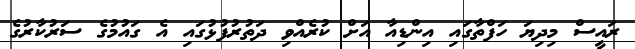
ރައީސް މިދިޔަ ހަފްތާގައި އިންޑިއާ އަށް ކުރެއްވި ދަތުރުފުޅުގައި އެ ގައުމުގެ ސަރުކާރުގެ